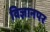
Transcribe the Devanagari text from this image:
विज्ञानपर